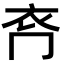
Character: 𧘉